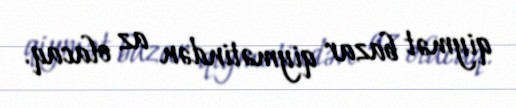
qiymət bazar qiymətindən az olacaq.